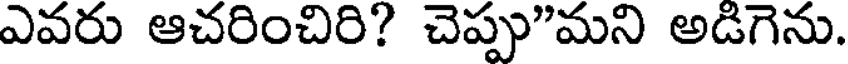
ఎవరు ఆచరించిరి? చెప్పు"మని అడిగెను.